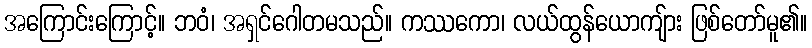
အကြောင်းကြောင့်။ ဘဝံ၊ အရှင်ဂေါတမသည်။ ကဿကော၊ လယ်ထွန်ယောကျ်ား ဖြစ်တော်မူ၏။